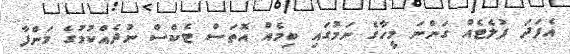
އެފަދަ ފުލެޓެއް ގަންނަ މީހާގެ ނަމުގައި ބިމެއް އޮތަސް ޓެކްސް ނުދެއްކުމުގެ މަންފާ